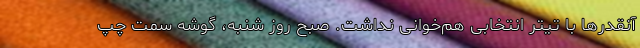
آنقدرها با تیتر انتخابی هم‌خوانی نداشت. صبح روز شنبه، گوشه سمت چپ